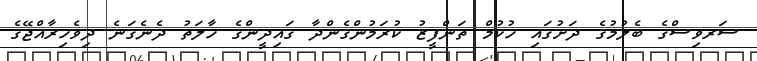
ސަރވިސްގެ ބެލުމުގެ ދަށުގައި ހުކުމް ތަންފީޒު ކުރަމުންގެންދާ ގައިދީންގެ ހާލަތު ދެނެގަނެ ދިވެހިރާއްޖޭގެ